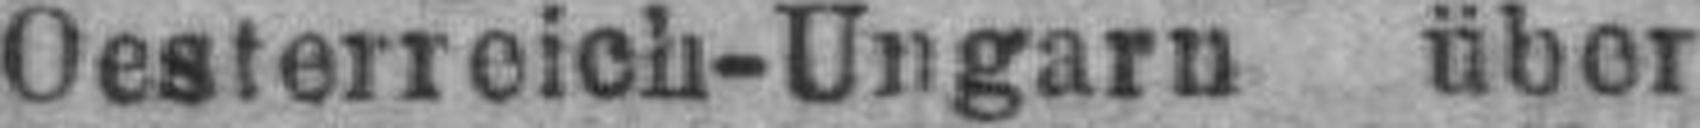
Oesterreich-Ungarn über